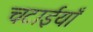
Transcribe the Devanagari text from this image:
चटाईयाँ